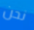
نحن